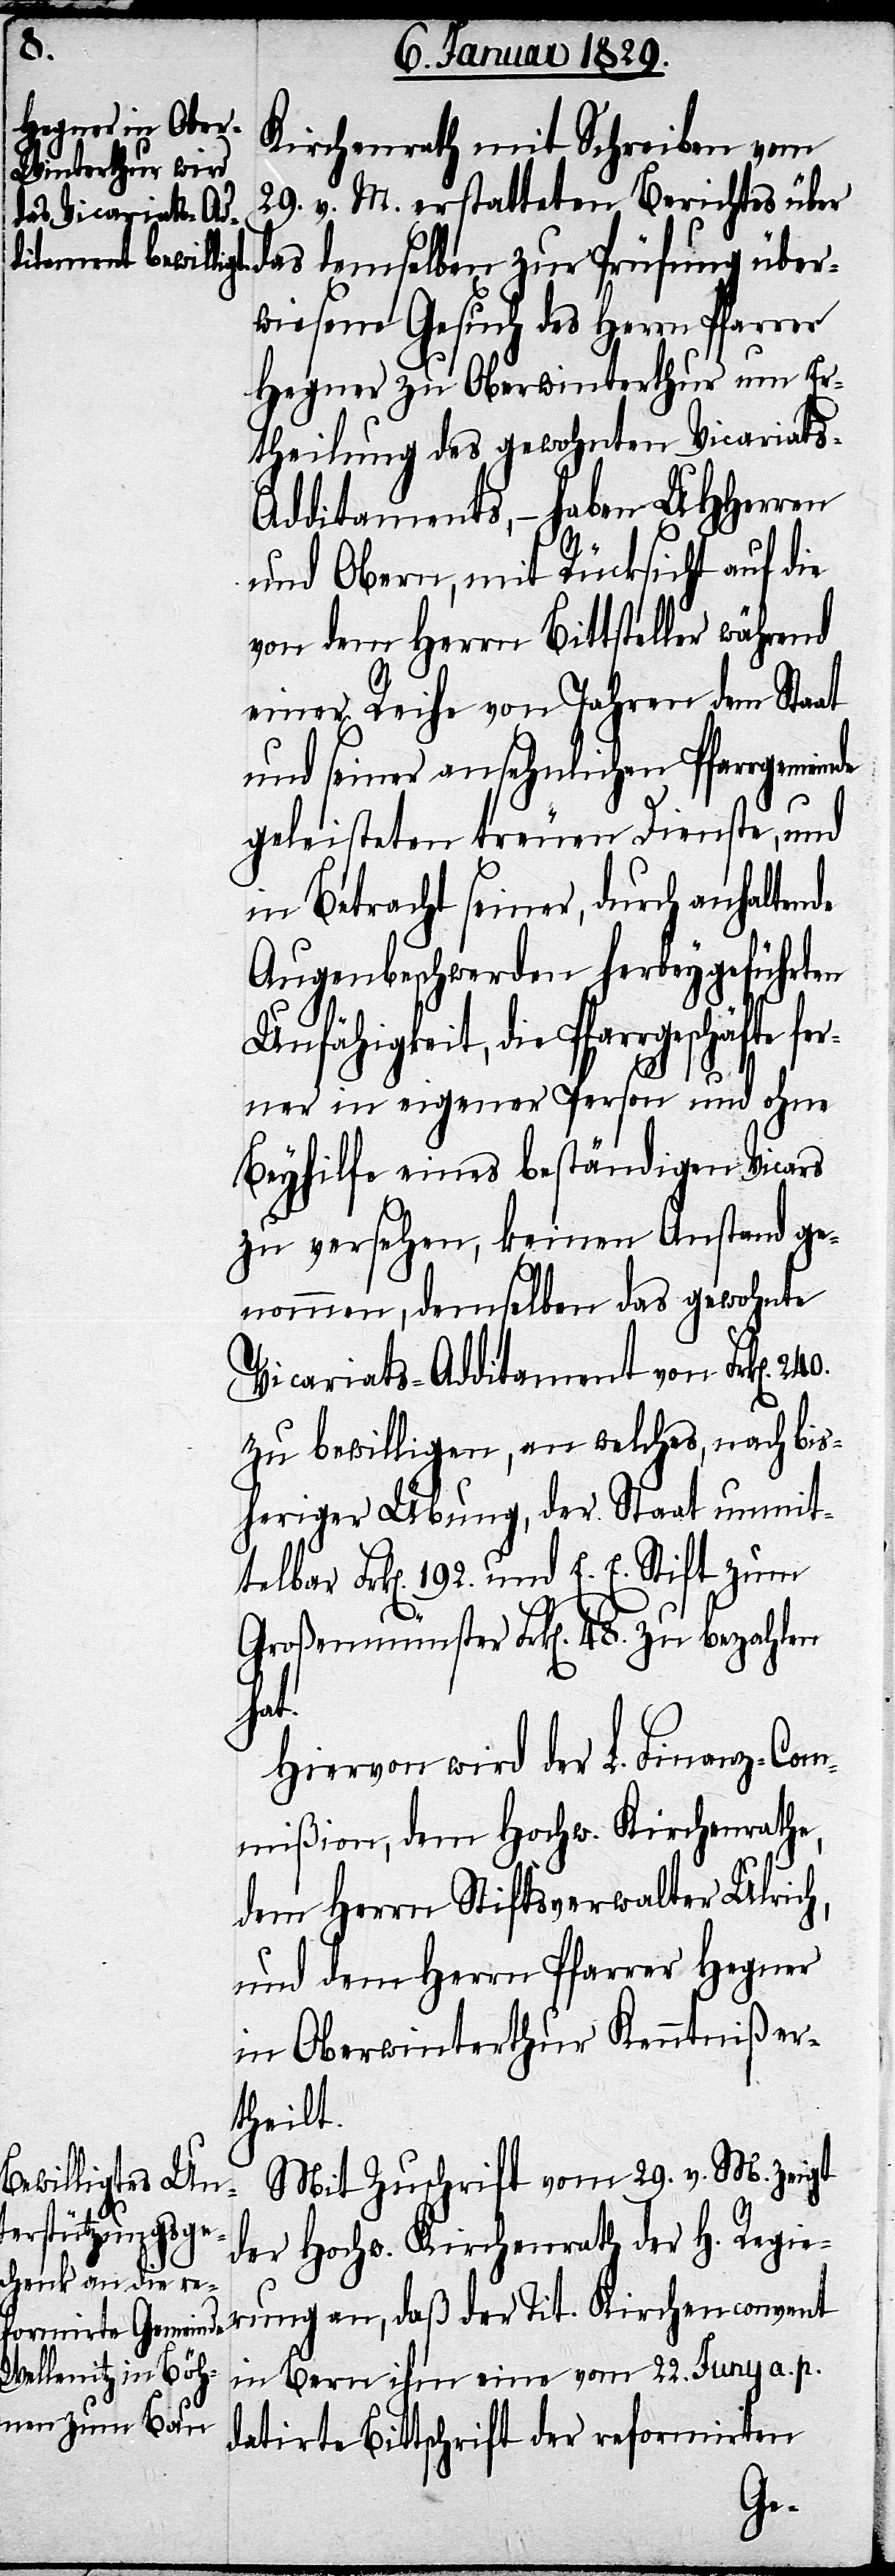
Kirchenrath mit Schreiben vom
29. v. M. erstatteten Berichtes über
des demselben zur Prüfung über¬
wiesene Gesuch des Herrn Pfarrer
Hegner zu Oberwinterthur um Er¬
theilung des gewohnten Vicariat¬
dditements, – haben UHHerren
und Obern, mit Rücksicht auf die
von dem Herrn Bittsteller während
einer Reihe von Jahren dem Staat
und seiner ansehnlichen Pfarrgemeinde
geleisteten treuen Dienste, und
in Betracht seiner, durch anhalten¬
Augenbeschwerden herbeygeführten
Unfähigkeit, die Pfarrgeschäfte fer¬
de
ner in eigener Person und ohne
Beyhilfe eines beständigen Vicars
zu versehen, keinen Anstand ge¬
nommen, demselben das gewohnte
Vicariats-Additement von Frk[en].
zu bewilligen, an welches, nach bis¬
heriger Übung, der Staat unmit¬
telbar Frk[en]. 192 und E. E. Stift zum
Großenmünster Frk[en]. 48. zu bezahlen
hat.
Hiervon wird der L. Finanz-Com¬
mißion, dem Hochw. Kirchenrathe,
dem Herrn Stiftsverwalter Ulrich,
und dem Herrn Pfarrer Hegner
in Oberwinterthur Kenntniß er¬
theilt.
Mit Zuschrift vom 29. v. M. zeigt
der Hochw. Kirchenrath der H. Regie¬
rung an, daß der Tit. Kirchenconvent
in Bern ihm eine vom 22. Juny a. p.
datirte Bittschrift der reformirten
s-A¬